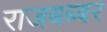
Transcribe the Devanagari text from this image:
राजबब्बर